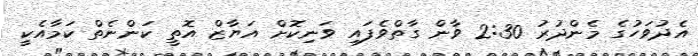
އެދުވަހުގެ މެންދުރު 2:30 ވާން ގާތްވެފައި ވަނިކޮށް އަޔާޒް އޮތީ ކަންނެތް ކަމާއެކީ